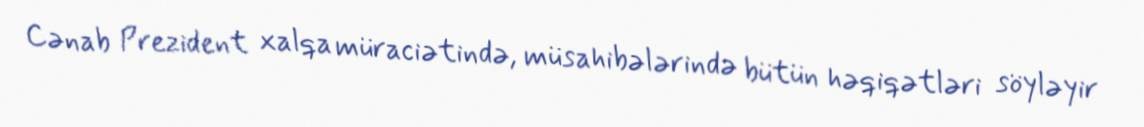
Cənab Prezident xalqa müraciətində, müsahibələrində bütün həqiqətləri söyləyir